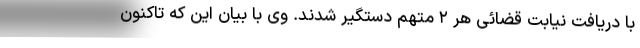
با دریافت نیابت قضائی هر ۲ متهم دستگیر شدند. وی با بیان این که تاکنون